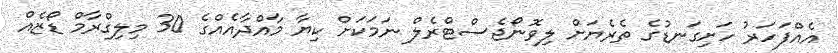
އެއްފަހަރު ހަށިގަނޑުގެ ތެރެޔަށް ލިވޮނޯޖެސްޓްރެލް ނަމަކަށް ކިޔާ މާއްދާއެއްގެ 30 މިލިގްރާމް ޑޯޒެއް